Report of the King Institute of Preventive Medicine, Guindy
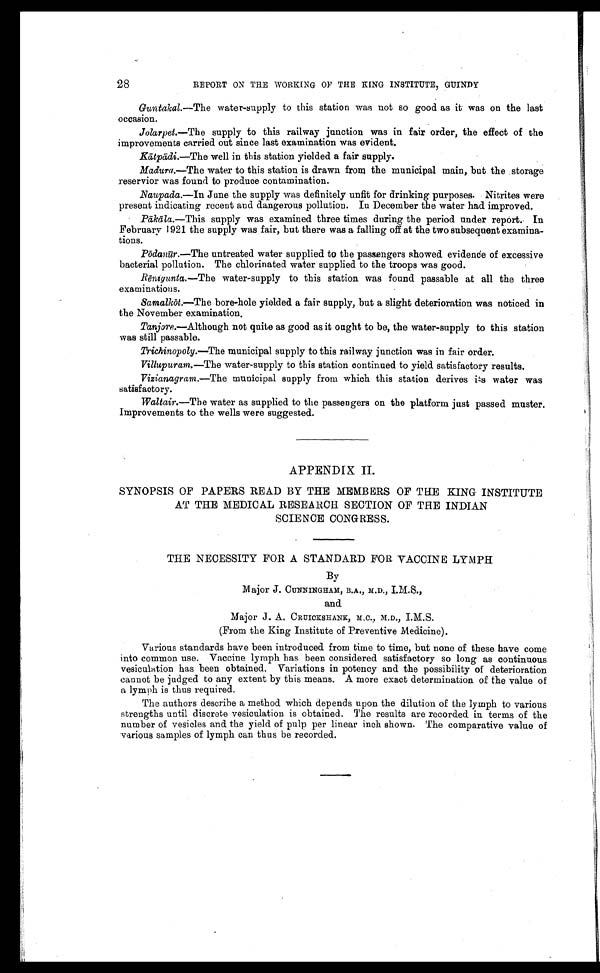
28
REPORT ON THE WORKING OF THE KING INSTITUTE, GUINDY
Guntakal. —The water-supply to this station was not so good as it was on the last
occasion.
Jolarpet.—The supply to this railway junction was in fair order, the effect of the
improvements carried out since last examination was evident.
Kātpādi.—The well in this station yielded a fair supply.
Madura.—The water to this station is drawn from the municipal main, but the storage
reservior was found to produce contamination.
Naupada.—In June the supply was definitely unfit for drinking purposes. Nitrites were
present indicating recent and dangerous pollution. In December the water had improved.
Pākāla.—This supply was examined three times during the period under report. In
February 1921 the supply was fair, but there was a falling off at the two subsequent examina-
tions.
Pōdanūr.—The untreated water supplied to the passengers showed evidence of excessive
bacterial pollution. The chlorinated water supplied to the troops was good.
Rēnigunta. —The water-supply to this station was found passable at all the three
examinations.
Samalkōt.—The bore-hole yielded a fair supply, but a slight deterioration was noticed in
the November examination.
Tanjore.—Although not quite as good as it ought to be, the water-supply to this station
was still passable.
Trichinopoly.—The municipal supply to this railway junction was in fair order.
Villupuram. —The water-supply to this station continued to yield satisfactory results.
Vizianagram.—The municipal supply from which this station derives its water was
satisfactory.
Waltair.—The water as supplied to the passengers on the platform just passed muster.
Improvements to the wells were suggested.
APPENDIX II.
SYNOPSIS OF PAPERS READ BY THE MEMBERS OF THE KING INSTITUTE
AT THE MEDICAL RESEARCH SECTION OF THE INDIAN
SCIENCE CONGRESS.
THE NECESSITY FOR A STANDARD FOR VACCINE LYMPH
By
Major J. CUNNINGHAM, B.A., M.D., I.M.S.,
and
Major J. A. CRUICKSHANK, M.C., M.D., I.M.S.
(From the King Institute of Preventive Medicine).
Various standards have been introduced from time to time, but none of these have come
into common use. Vaccine lymph has been considered satisfactory so long as continuous
vesiculation has been obtained. Variations in potency and the possibility of deterioration
cannot be judged to any extent by this means. A more exact determination of the value of
a lymph is thus required.
The authors describe a method which depends upon the dilution of the lymph to various
strengths until discrete vesiculation is obtained. The results are recorded in terms of the
number of vesicles and the yield of pulp per linear inch shown. The comparative value of
various samples of lymph can thus be recorded.